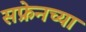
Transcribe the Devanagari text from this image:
सफ्रेनच्या